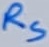
Text: RS